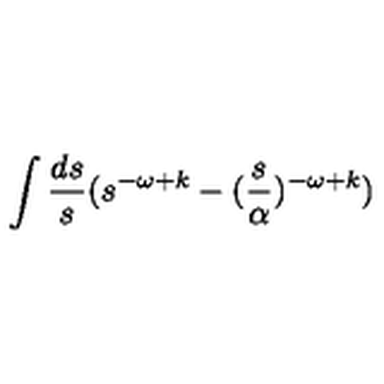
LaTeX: \int { \frac { d s } { s } } ( s ^ { - \omega + k } - ( { \frac { s } { \alpha } } ) ^ { - \omega + k } )